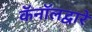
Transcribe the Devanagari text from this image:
कॅनॉलद्वारे